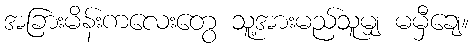
အခြားမိန်းကလေးတွေ သူ့အားမည်သူမျှ မမှီချေ။